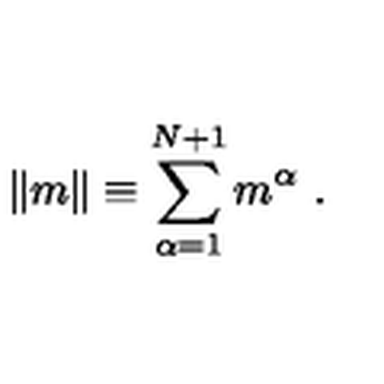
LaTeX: \| m \| \equiv \sum _ { \alpha = 1 } ^ { N + 1 } m ^ { \alpha } \ .